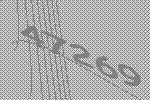
47269